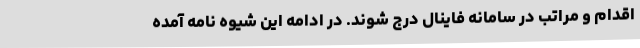
اقدام و مراتب در سامانه فاینال درج شوند. در ادامه این شیوه نامه آمده